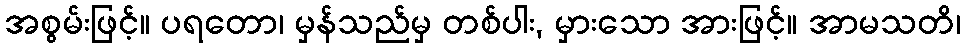
အစွမ်းဖြင့်။ ပရတော၊ မှန်သည်မှ တစ်ပါး, မှားသော အားဖြင့်။ အာမသတိ၊